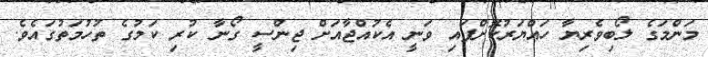
މަންމަގެ ލޯބިވެރިޔާ ހައްޔަރުކޮށްފައި ވަނީ އެކުއްޖާއަށް ޖިންސީ ގޯނާ ކުރި ކަމުގެ ތުހުމަތުގައެވެ.